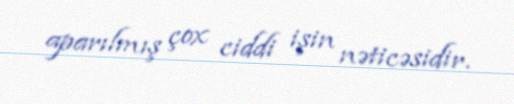
aparılmış çox ciddi işin nəticəsidir.